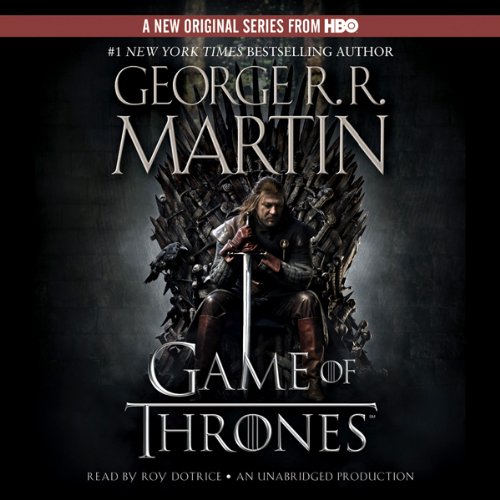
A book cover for A Game of Thrones: A Song of Ice and Fire, Book 1; George R. R. Martin; Science Fiction & Fantasy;